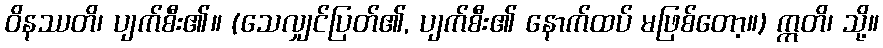
ဝိနဿတိ၊ ပျက်စီး၏။ (သေလျှင်ပြတ်၏, ပျက်စီး၏ နောက်ထပ် မဖြစ်တော့။) ဣတိ၊ သို့။